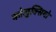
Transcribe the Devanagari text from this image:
कोलुक्सियो